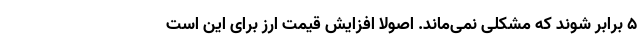
۵ برابر شوند که مشکلی نمی‌ماند. اصولاً افزایش قیمت ارز برای این است